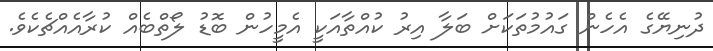
ދުނިޔޭގެ އެހެން ގައުމުތަކަށް ބަލާ އިރު ކުއްތާއަކީ އެމީހުން ބޮޑު ލޯތްބެއް ކުރާއެއްޗެކެވެ.